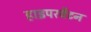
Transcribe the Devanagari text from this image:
हाइपरबैटन